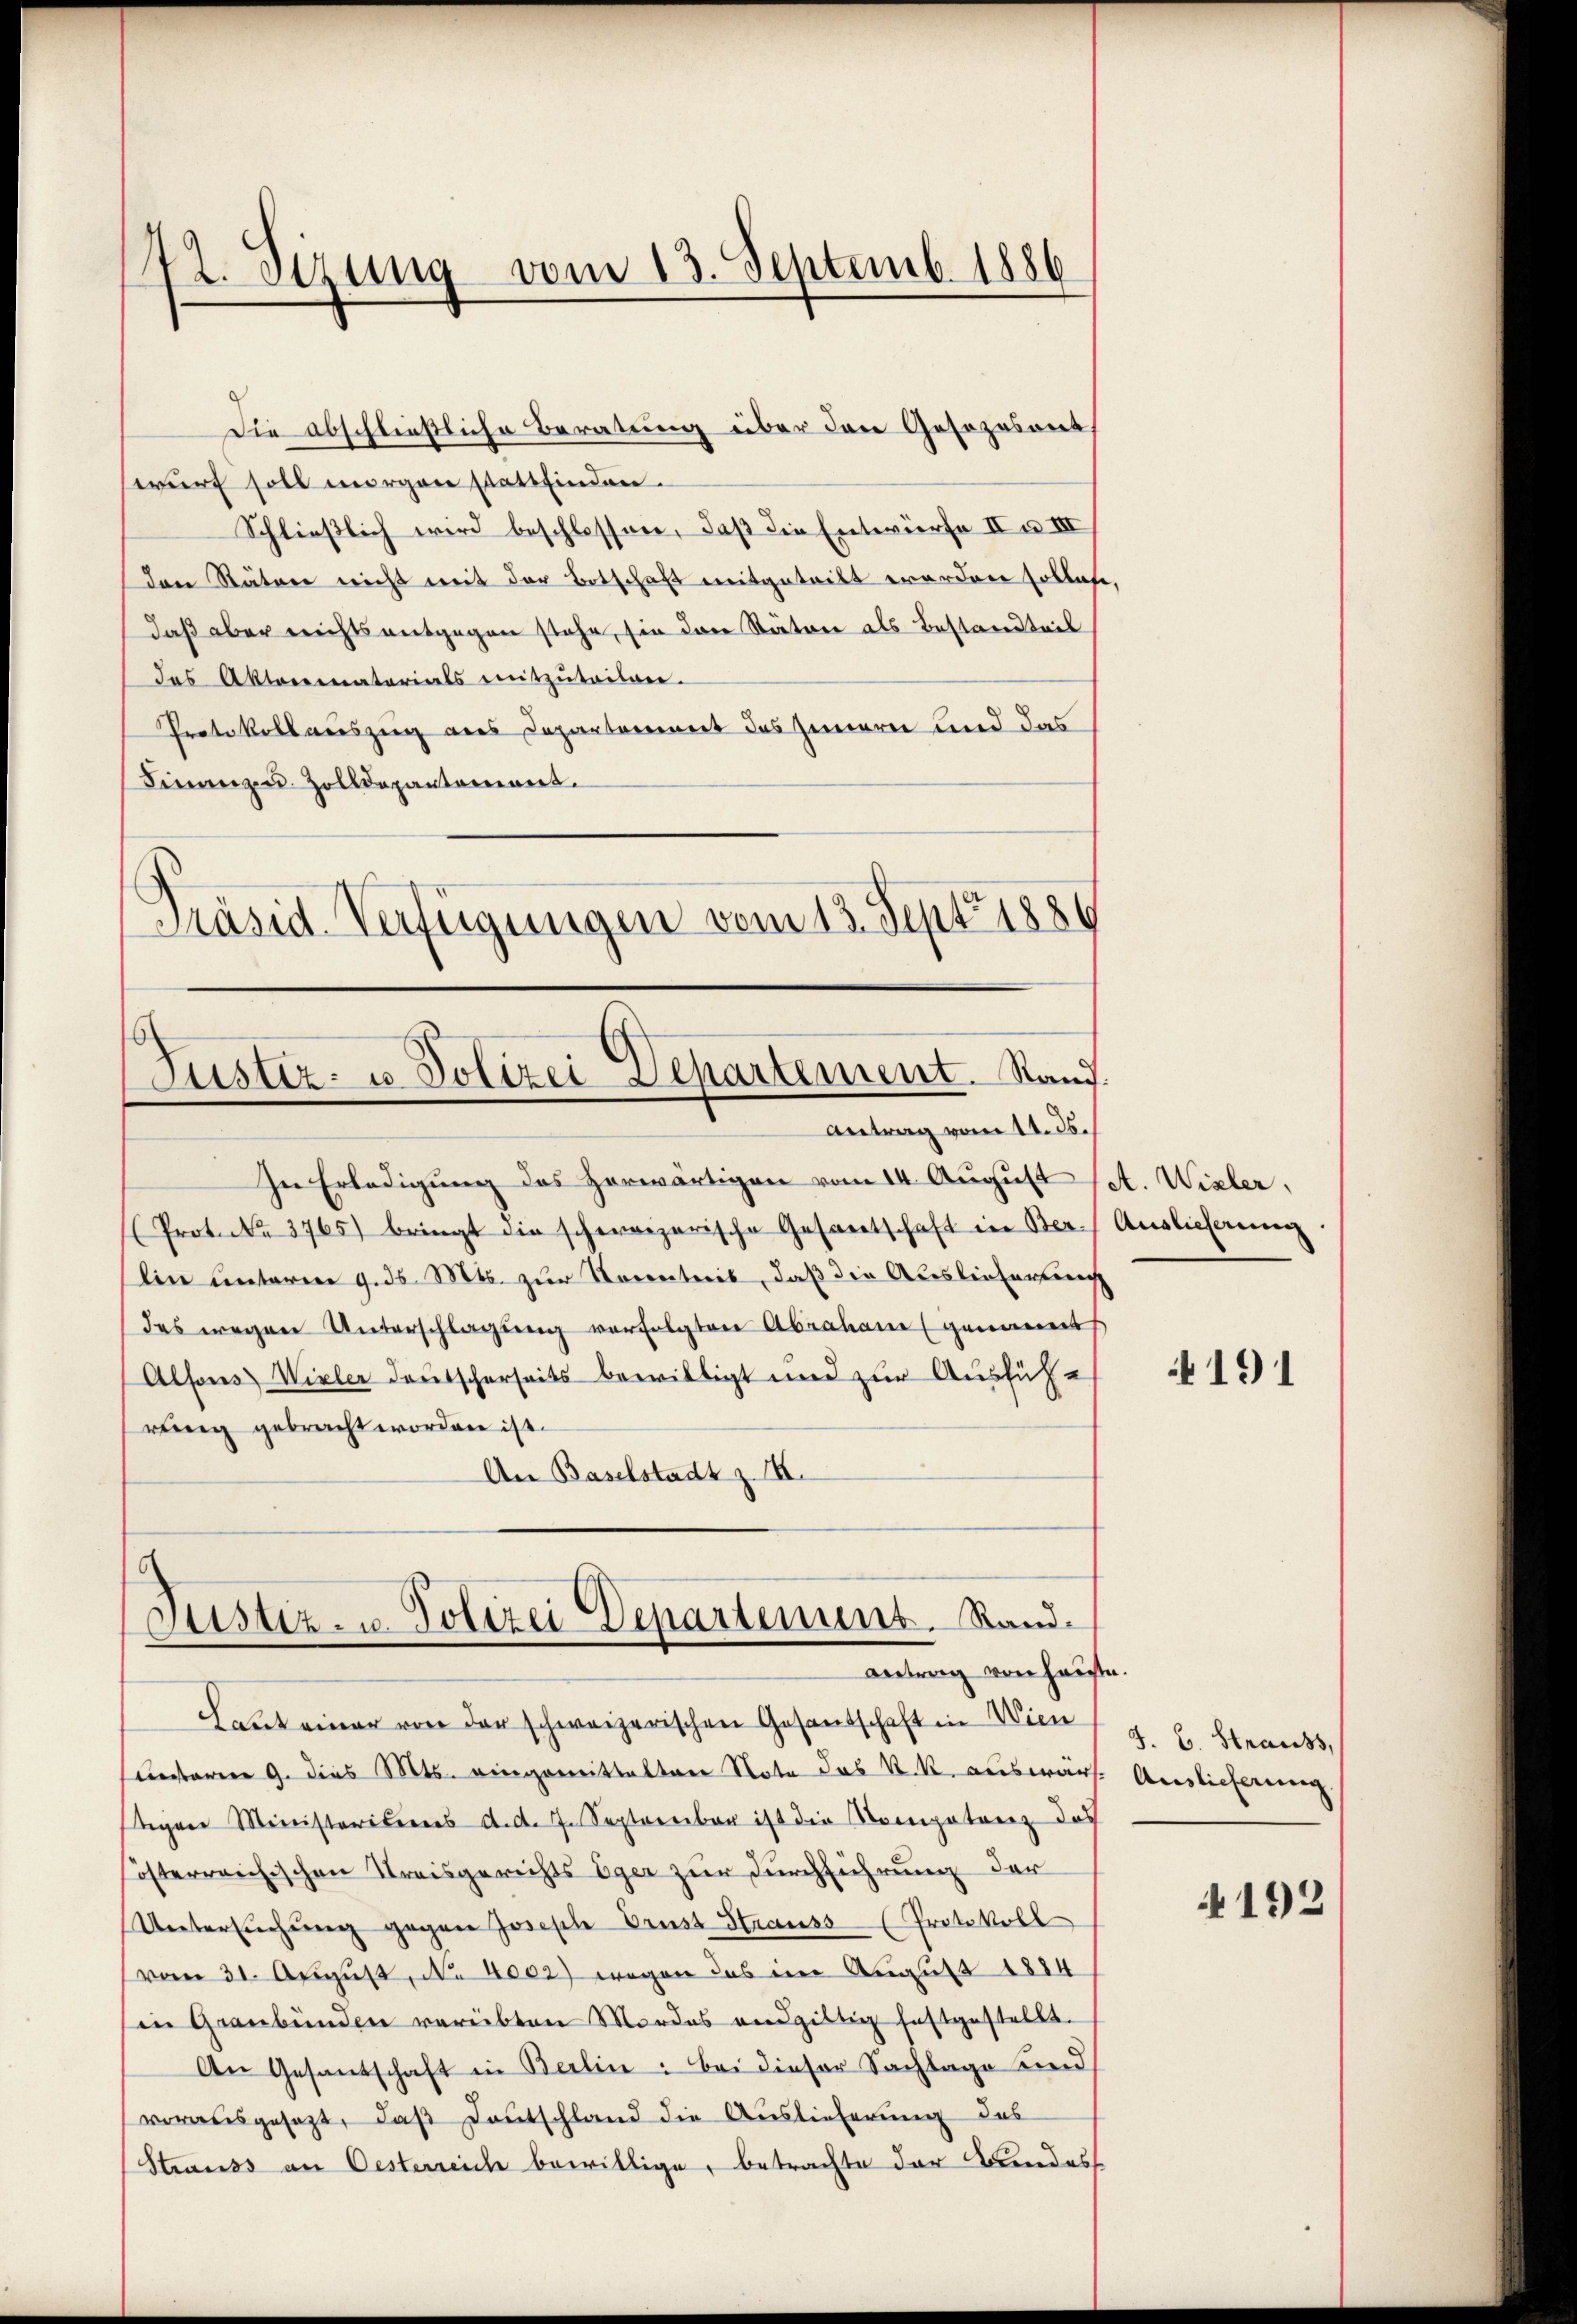
Die abschließliche Beratung über den Gesezesant
wurf soll morgen stattfinden.
Schließlich wird beschlossen, daß die Entwürfe IIa III
den Räten nicht mit der Botschaft mitgetritt erorden sollete,
daß aber nichts entgegen stehe, sie den Stätore als Bestandteil
das Aktorematerials mitzŭteilgen.
Protokollauszug aus Departement des Innern und das
Finanz- u. Zolldepartement.
Präsid. Verfügungen vom 13. Sept. 1886

42. Sizung vom 13. Septemb. 1886

Justiz- u. Polizei Departement. Stand.
Antrag vom 11. ds.

In Erledigung des herwärtigen vom 14. August set. Wizler,
(Proteca 3765) bringt die schweizerische Gesantschaft in Ber. Auslieferung
lin unteren 9. ds. Mts. zur Vorentreit, daß die Auslieferung
des wegen Unterschlagŭng verfolgten Abraham genannt
Alfons Vieler deutscherseits bewilligt und zur Ausführung gebracht worden ist.
An Baselstadt z. B.

Justiz- u. Polizei Departenuns. Randantrag von Hause.

Laut einer von der schweizerischen Gesandschaft in Wien
utarrer 9. dies Mts. eingemittaltene Note das K. R. auswärs
tigen Ministerieres d. d. 7. September ist die Kompetenz das
österreichischen Kreisgerichts Eger zur Durchführung der
Untersŭchŭng gegen Joseph Brust Strauss (Protokoll
(vom 31. August, No. 4002) wegen das im August 1884
in Graubünden verübten Mordes endgültig festgestellt.
An Gesandschaft in Berlin: Bei dieser Sachlage und
vorausgesezt, daβ Deutschland die Auslieferung des
Strauss an Oesterreich bewillige, betrachte der Bundess

191

J. C. Strauss,
Auslieferung.

4192